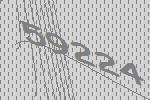
59224